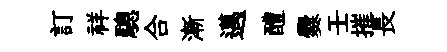
訂祥驄合漸邁醴爨壬摧長